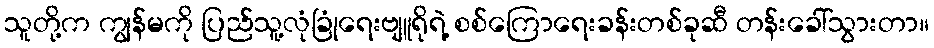
သူတို့က ကျွန်မကို ပြည်သူ့လုံခြုံရေးဗျူရိုရဲ့ စစ်ကြောရေးခန်းတစ်ခုဆီ တန်းခေါ်သွားတာ။